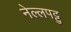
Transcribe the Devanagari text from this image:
नेल्‍लपट्टु